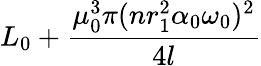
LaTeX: L_{0}+\frac{\mu_{0}^{3}\pi(nr_{1}^{2}\alpha_{0}\omega_{0})^{2}}{4l}